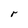
Character: r